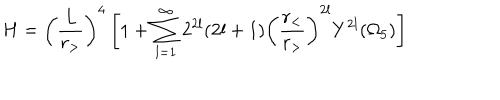
H = \left( \frac { L } { r _ { > } } \right) ^ { 4 } \left[ 1 + \sum _ { l = 1 } ^ { \infty } 2 ^ { 2 l } ( 2 l + 1 ) \left( \frac { r _ { < } } { r _ { > } } \right) ^ { 2 l } Y ^ { 2 l } ( \Omega _ { 5 } ) \right]